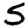
Digit: 5